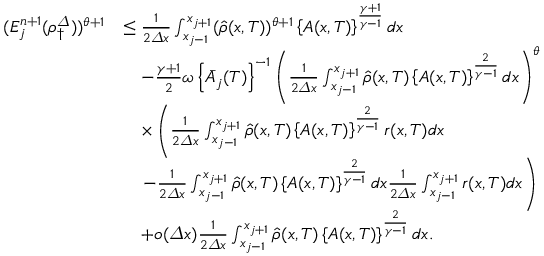
\begin{array} { r l } { ( E _ { j } ^ { n + 1 } ( \rho _ { \dagger } ^ { \varDelta } ) ) ^ { \theta + 1 } } & { \leq \frac 1 { 2 { \varDelta } x } \int _ { x _ { j - 1 } } ^ { x _ { j + 1 } } ( \hat { \rho } ( x , T ) ) ^ { \theta + 1 } \left\{ A ( x , T ) \right\} ^ { \frac { \gamma + 1 } { \gamma - 1 } } d x } \\ & { \quad - \frac { \gamma + 1 } { 2 } \omega \left\{ \bar { A } _ { j } ( T ) \right\} ^ { - 1 } \left( \frac 1 { 2 { \varDelta } x } \int _ { x _ { j - 1 } } ^ { x _ { j + 1 } } \hat { \rho } ( x , T ) \left\{ A ( x , T ) \right\} ^ { \frac { 2 } { \gamma - 1 } } d x \right) ^ { \theta } } \\ & { \quad \times \left( \frac 1 { 2 { \varDelta } x } \int _ { x _ { j - 1 } } ^ { x _ { j + 1 } } \hat { \rho } ( x , T ) \left\{ A ( x , T ) \right\} ^ { \frac { 2 } { \gamma - 1 } } r ( x , T ) d x \right. } \\ & { \left. \quad - \frac 1 { 2 { \varDelta } x } \int _ { x _ { j - 1 } } ^ { x _ { j + 1 } } \hat { \rho } ( x , T ) \left\{ A ( x , T ) \right\} ^ { \frac { 2 } { \gamma - 1 } } d x \frac 1 { 2 { \varDelta } x } \int _ { x _ { j - 1 } } ^ { x _ { j + 1 } } r ( x , T ) d x \right) } \\ & { \quad + o ( { \varDelta } x ) \frac 1 { 2 { \varDelta } x } \int _ { x _ { j - 1 } } ^ { x _ { j + 1 } } \hat { \rho } ( x , T ) \left\{ A ( x , T ) \right\} ^ { \frac { 2 } { \gamma - 1 } } d x . } \end{array}